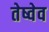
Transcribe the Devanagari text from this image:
तेष्वेव